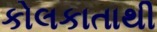
કોલકાતાથી